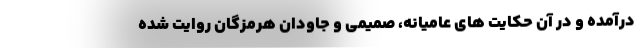
درآمده و در آن حکایت های عامیانه، صمیمی و جاودان هرمزگان روایت شده